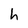
Character: h